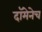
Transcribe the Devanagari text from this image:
दॉमेनेच